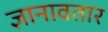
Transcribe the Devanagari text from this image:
ज्ञानावतार